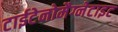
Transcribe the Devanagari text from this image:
टाईटेनोमैग्नेटाइट